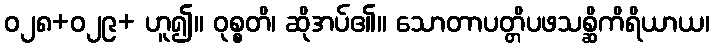
ဝ၂၈+၀၂၉+ ဟူ၍။ ဝုစ္စတိ၊ ဆိုအပ်၏။ သောတာပတ္တိပဖသစ္ဆိကိရိယာယ၊